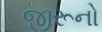
જીરૂનો